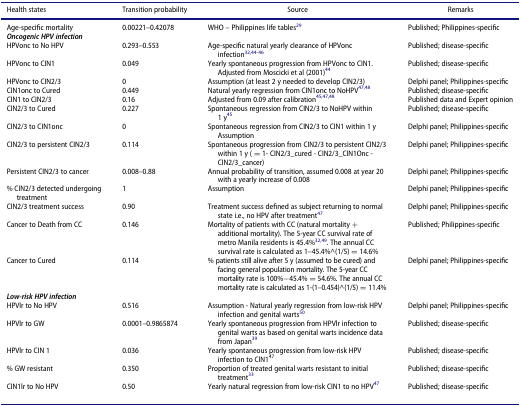
<table><thead><tr><td><b>Health states</b></td><td><b>Transition probability</b></td><td><b>Source</b></td><td><b>Remarks</b></td></tr></thead><tbody><tr><td>Age-specific mortality</td><td>0.00221–0.42078</td><td>WHO – Philippines life tables<sup>29</sup></td><td>Published; Philippines-specific</td></tr><tr><td colspan="4"><b><i>Oncogenic HPV infection</i></b></td></tr><tr><td>HPVonc to No HPV</td><td>0.293–0.553</td><td>Age-specific natural yearly clearance of HPVonc infection<sup>32,44-46</sup></td><td>Published; disease-specific</td></tr><tr><td>HPVonc to CIN1</td><td>0.049</td><td>Yearly spontaneous progression from HPVonc to CIN1. Adjusted from Moscicki et al (2001)<sup>44</sup></td><td>Published; disease-specific</td></tr><tr><td>HPVonc to CIN2/3</td><td>0</td><td>Assumption (at least 2 y needed to develop CIN2/3)</td><td>Delphi panel; Philippines-specific</td></tr><tr><td>CIN1onc to Cured</td><td>0.449</td><td>Natural yearly regression from CIN1onc to NoHPV<sup>47,48</sup></td><td>Published; disease-specific</td></tr><tr><td>CIN1 to CIN2/3</td><td>0.16</td><td>Adjusted from 0.09 after calibration<sup>45,47,48</sup></td><td>Published data and Expert opinion</td></tr><tr><td>CIN2/3 to Cured</td><td>0.227</td><td>Spontaneous regression from CIN2/3 to NoHPV within 1 y<sup>45</sup></td><td>Published; disease-specific</td></tr><tr><td>CIN2/3 to CIN1onc</td><td>0</td><td>Spontaneous regression from CIN2/3 to CIN1 within 1 y Assumption</td><td>Delphi panel; Philippines-specific</td></tr><tr><td>CIN2/3 to persistent CIN2/3</td><td>0.114</td><td>Spontaneous progression from CIN2/3 to persistent CIN2/3 within 1 y ( = 1- CIN2/3_cured - CIN2/3_CIN1Onc - CIN2/3_cancer)</td><td>Delphi panel; Philippines-specific</td></tr><tr><td>Persistent CIN2/3 to cancer</td><td>0.008–0.88</td><td>Annual probability of transition, assumed 0.008 at year 20 with a yearly increase of 0.008</td><td>Delphi panel; Philippines-specific</td></tr><tr><td>% CIN2/3 detected undergoing treatment</td><td>1</td><td>Assumption</td><td>Delphi panel; Philippines-specific</td></tr><tr><td>CIN2/3 treatment success</td><td>0.90</td><td>Treatment success defined as subject returning to normal state i.e., no HPV after treatment<sup>47</sup></td><td>Delphi panel; Philippines-specific</td></tr><tr><td>Cancer to Death from CC</td><td>0.146</td><td>Mortality of patients with CC (natural mortality + additional mortality). The 5-year CC survival rate of metro Manila residents is 45.4%<sup>32,49</sup>. The annual CC survival rate is calculated as 1–45.4%^(1/5) = 14.6%</td><td>Published; Philippines-specific</td></tr><tr><td>Cancer to Cured</td><td>0.114</td><td>% patients still alive after 5 y (assumed to be cured) and facing general population mortality. The 5-year CC mortality rate is 100%−45.4% = 54.6%. The annual CC mortality rate is calculated as 1-(1–0.454)^(1/5) = 11.4%</td><td>Delphi panel; Philippines-specific</td></tr><tr><td colspan="4"><b><i>Low-risk HPV infection</i></b></td></tr><tr><td>HPVlr to No HPV</td><td>0.516</td><td>Assumption - Natural yearly regression from low-risk HPV infection and genital warts<sup>50</sup></td><td>Delphi panel; Philippines-specific</td></tr><tr><td>HPVlr to GW</td><td>0.0001–0.9865874</td><td>Yearly spontaneous progression from HPVlr infection to genital warts as based on genital warts incidence data from Japan<sup>39</sup></td><td>Published; disease-specific</td></tr><tr><td>HPVlr to CIN 1</td><td>0.036</td><td>Yearly spontaneous progression from low-risk HPV infection to CIN1<sup>47</sup></td><td>Published; disease-specific</td></tr><tr><td>% GW resistant</td><td>0.350</td><td>Proportion of treated genital warts resistant to initial treatment<sup>33</sup></td><td>Published; disease-specific</td></tr><tr><td>CIN1lr to No HPV</td><td>0.50</td><td>Yearly natural regression from low-risk CIN1 to no HPV<sup>47</sup></td><td>Published; disease-specific</td></tr></tbody></table>